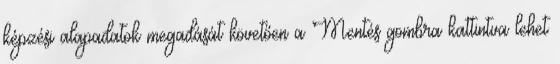
képzési alapadatok megadását követően a Mentés gombra kattintva lehet